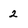
Character: 2